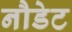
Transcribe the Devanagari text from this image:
नौडेट